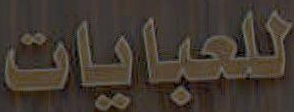
للعبايات